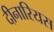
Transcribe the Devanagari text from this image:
दीनारियस